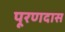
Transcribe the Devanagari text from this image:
पूरणदास